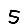
Digit: 5